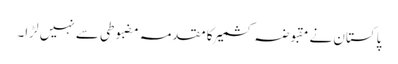
پاکستان نے مقبوضہ کشمیر کا مقدمہ مضبوطی سے نہیں لڑا۔